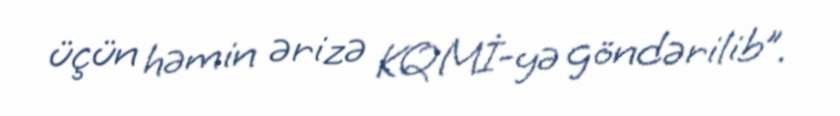
üçün həmin ərizə KQMİ-yə göndərilib”.